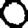
Digit: 0